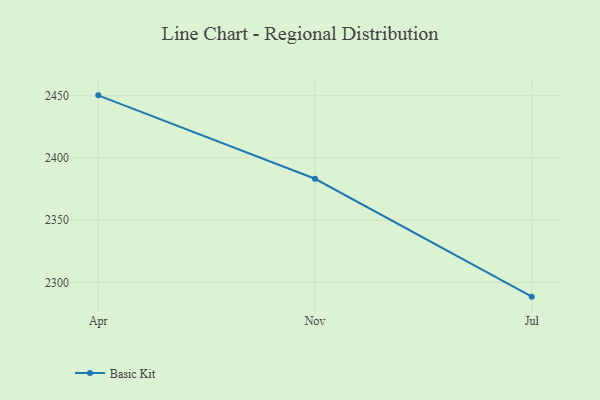
{"axis": {"x": "Month", "y": "Inventory Turnover"}, "legend": ["Basic Kit"], "data": [{"x": "Apr", "y": 2450.3, "type": "Basic Kit"}, {"x": "Nov", "y": 2383.3, "type": "Basic Kit"}, {"x": "Jul", "y": 2288.6, "type": "Basic Kit"}]}